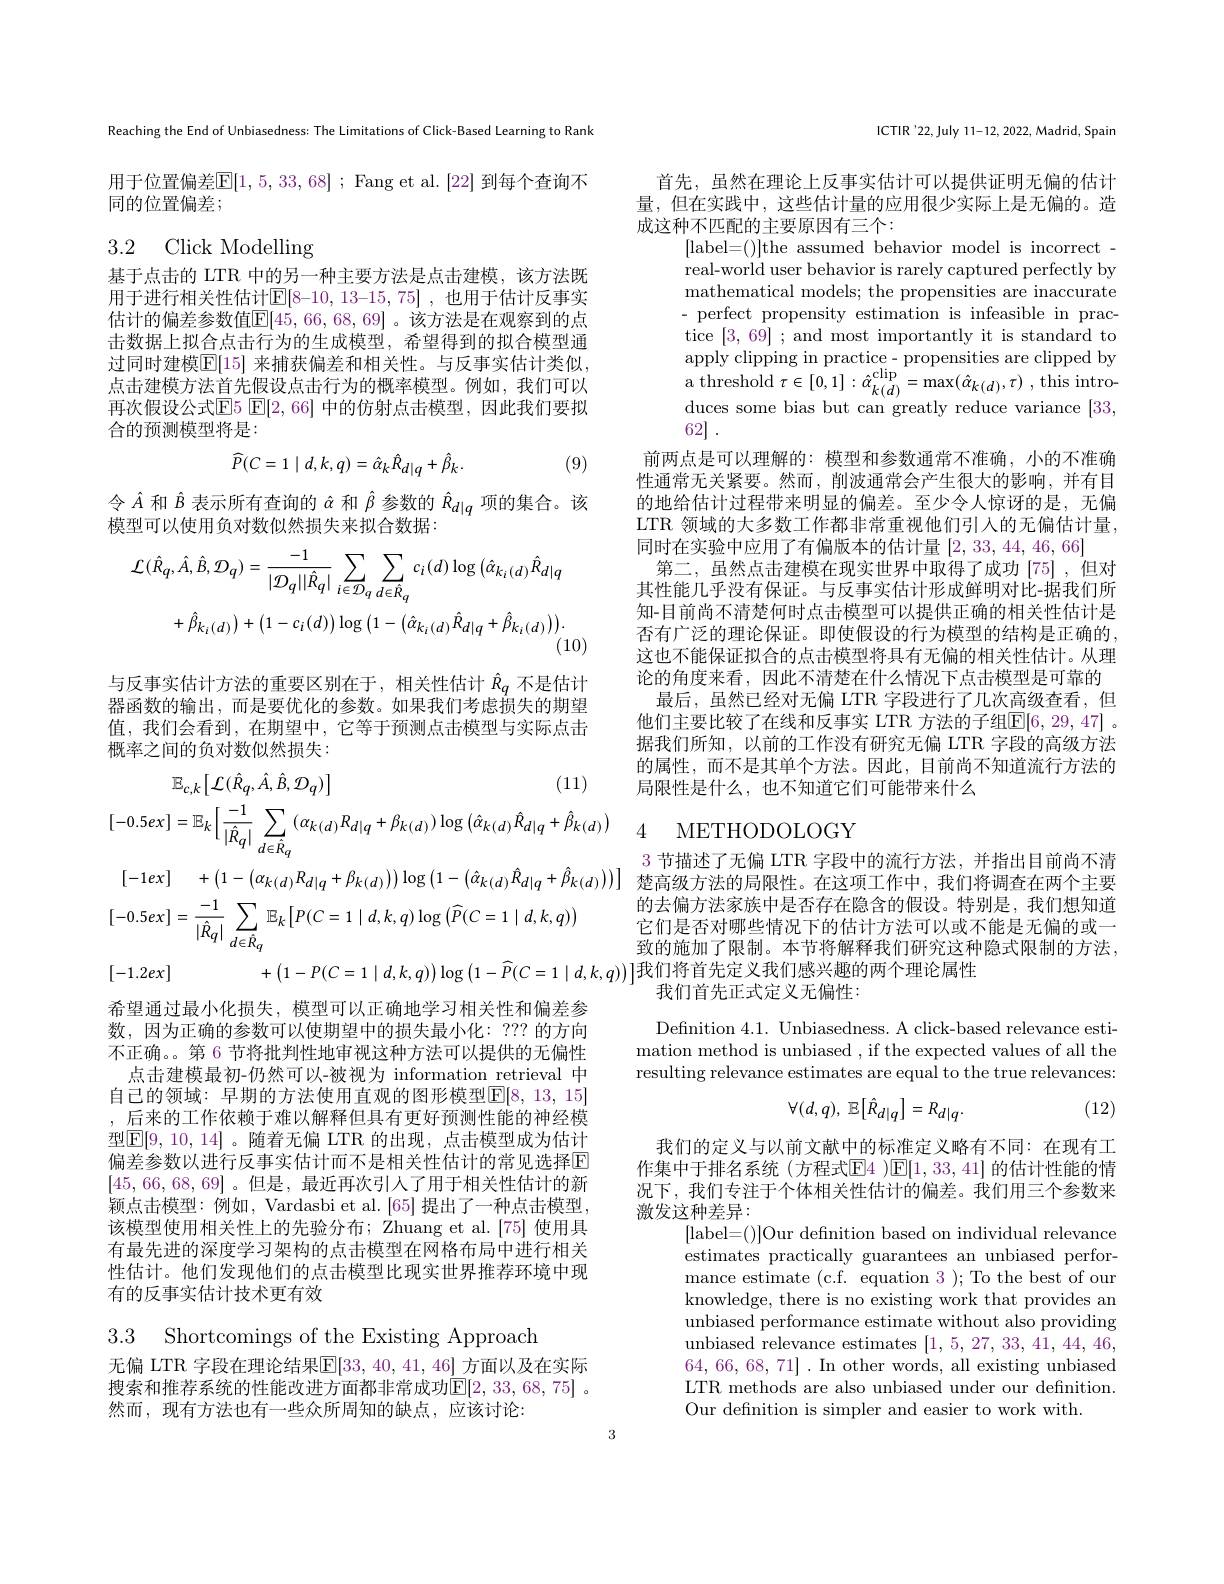
Reaching the End of Unbiasedness: The Limitations of Click-Based Learning to Rank

用于位置偏差$\mathbb{E}[1,5,33,68];$ Fang et al.[22] 到每个查询不
同的位置偏差；

# 3.2 Click Modelling

基于点击的 LTR 中的另一种主要方法是点击建模，该方法既用于进行相关性估计$\boxed[8-10,13-15,75]$ ,也用于估计反事实估计的偏差参数值$\mathbb{E}[45,66,68,69]$ 。该方法是在观察到的点击数据上拟合点击行为的生成模型，希望得到的拟合模型通过同时建模$\overline{\mathbb{E}}[15]$ 来捕获偏差和相关性。与反事实估计类似， 点击建模方法首先假设点击行为的概率模型。例如，我们可以再次假设公式$\mathbb{E}5$ $\mathbb{E}[2,66]$ 中的仿射点击模型，因此我们要拟合的预测模型将是：
$$\widehat{P}(C=1\mid d,k,q)=\hat{\alpha}_{k}\hat{R}_{d|q}+\hat{\beta}_{k}.$$
(9)

令$\hat{A}$和$\hat{B}$表示所有查询的$\hat{\alpha}$和$\hat{\beta}$参数的$\hat{R}_{d|q}$项的集合。该
模型可以使用负对数似然损失来拟合数据：
$$\begin{aligned}\mathcal{L}(\hat{R}_{q},\hat{A},\hat{B},\mathcal{D}_{q})&=\frac{-1}{|\mathcal{D}_{q}||\hat{R}_{q}|}\sum_{i\in\mathcal{D}_{q}}\sum_{d\in\hat{R}_{q}}c_{i}(d)\log\big(\hat{\alpha}_{k_{i}(d)}\hat{R}_{d|q}\\&+\hat{\beta}_{k_{i}(d)}\big)+\big(1-c_{i}(d)\big)\log\big(1-\big(\hat{\alpha}_{k_{i}(d)}\hat{R}_{d|q}+\hat{\beta}_{k_{i}(d)}\big)\big).\end{aligned}$$
与反事实估计方法的重要区别在于，相关性估计$\hat{R}_q$不是估计器函数的输出，而是要优化的参数。如果我们考虑损失的期望值，我们会看到，在期望中，它等于预测点击模型与实际点击概率之间的负对数似然损失：
$$\begin{aligned}&\mathbb{E}_{c,k}\left[\mathcal{L}(\hat{R}_{q},\hat{A},\hat{B},\mathcal{D}_{q})\right]&&\text{(11)}\\&[-0.5ex]=\mathbb{E}_{k}\Big[\frac{-1}{|\hat{R}_{q}|}\sum_{d\in\hat{R}_{q}}\left(\alpha_{k(d)}R_{d|q}+\beta_{k(d)}\right)\log\left(\hat{\alpha}_{k(d)}\hat{R}_{d|q}+\hat{\beta}_{k(d)}\right)\\&[-1ex]+\left(1-(\alpha_{k(d)}R_{d|q}+\beta_{k(d)})\right)\log\left(1-(\hat{\alpha}_{k(d)}\hat{R}_{d|q}+\hat{\beta}_{k(d)})\right)]\\&[-0.5ex]=\frac{-1}{|\hat{R}_{q}|}\sum_{d\in\hat{R}_{q}}\mathbb{E}_{k}\Big[P(C=1\mid d,k,q)\log\Big(\widehat{P}(C=1\mid d,k,q)\Big)\\&[-1.2ex]+\left(1-P(C=1\mid d,k,q)\right)\log\left(1-\widehat{P}(C=1\mid d,k,q)\right)\end{aligned}$$
希望通过最小化损失，模型可以正确地学习相关性和偏差参数，因为正确的参数可以使期望中的损失最小化：??? 的方向不正确。。第 6 节将批判性地审视这种方法可以提供的无偏性
点击建模最初-仍然可以-被视为 information retrieval 中自己的领域：早期的方法使用直观的图形模型$\mathbb{E}[8,13,15]$ ,后来的工作依赖于难以解释但具有更好预测性能的神经模型$\boxed{\mathbb{E}[9,10,14]}$。随着无偏 LTR 的出现，点击模型成为估计偏差参数以进行反事实估计而不是相关性估计的常见选择$\overline{\mathrm{F}}$ [45,66,68,69] 。但是，最近再次引人了用于相关性估计的新颖点击模型：例如，Vardasbi et al. [65] 提出了一种点击模型， 该模型使用相关性上的先验分布；Zhuang et al.[75] 使用具有最先进的深度学习架构的点击模型在网格布局中进行相关性估计。他们发现他们的点击模型比现实世界推荐环境中现有的反事实估计技术更有效

3.3 Shortcomings of the Existing Approach

无偏 LTR 字段在理论结果$\boxed{\mathrm{F}}[33,40,41,46]$ 方面以及在实际搜索和推荐系统的性能改进方面都非常成功$\mathbb{E}[2,33,68,75]$ 。然而，现有方法也有一些众所周知的缺点，应该讨论：

ICTIR'22,July 11-12,2022, Madrid, Spain

首先，虽然在理论上反事实估计可以提供证明无偏的估计量，但在实践中，这些估计量的应用很少实际上是无偏的。造成这种不匹配的主要原因有三个：
[label=()]the assumed behavior model is incorrect - real-world user behavior is rarely captured perfectly by mathematical models; the propensities are inaccurate - perfect propensity estimation is infeasible in practice [3,69] ; and most importantly it is standard to apply clipping in practice- propensities are clipped by a threshold $\tau \in [ 0, 1] : \hat{a} _{k( d) }^{\mathrm{clip}}= \max ( \hat{a} _{k( d) }, \tau )$ ,this intro- duces some bias but can greatly reduce variance [33, 62] .
前两点是可以理解的：模型和参数通常不准确，小的不准确性通常无关紧要。然而，削波通常会产生很大的影响，并有目的地给估计过程带来明显的偏差。至少令人惊讶的是，无偏LTR 领域的大多数工作都非常重视他们引人的无偏估计量， 同时在实验中应用了有偏版本的估计量[2,33,44,46,66]
第二，虽然点击建模在现实世界中取得了成功[75] ,但对其性能几乎没有保证。与反事实估计形成鲜明对比-据我们所知-目前尚不清楚何时点击模型可以提供正确的相关性估计是否有广泛的理论保证。即使假设的行为模型的结构是正确的， 这也不能保证拟合的点击模型将具有无偏的相关性估计。从理论的角度来看，因此不清楚在什么情况下点击模型是可靠的
最后，虽然已经对无偏 LTR 字段进行了几次高级查看，但他们主要比较了在线和反事实 LTR 方法的子组$\mathbb{E}[6,29,47]$ 。据我们所知，以前的工作没有研究无偏 LTR 字段的高级方法的属性，而不是其单个方法。因此，目前尚不知道流行方法的局限性是什么，也不知道它们可能带来什么

# 4 METHODOLOGY

3节描述了无偏 LTR 字段中的流行方法，并指出目前尚不清」楚高级方法的局限性。在这项工作中，我们将调查在两个主要
的去偏方法家族中是否存在隐含的假设。特别是，我们想知道它们是否对哪些情况下的估计方法可以或不能是无偏的或一致的施加了限制。本节将解释我们研究这种隐式限制的方法，
我们首先正式定义无偏性：

Defnition 4.1. Unbiasedness. A click-based relevance estimation method is unbiased , if the expected values of all the resulting relevance estimates are equal to the true relevances:

(12)
$$\forall(d,q),\:\mathbb{E}\big[\hat{R}_{d|q}\big]=R_{d|q}.$$
我们的定义与以前文献中的标准定义略有不同：在现有工作集中于排名系统(方程式$\boxed{\mathrm{F}}4$ )$\boxed{\mathrm{E}}[1,33,41]$ 的估计性能的情况下，我们专注于个体相关性估计的偏差。我们用三个参数来激发这种差异：
[label=()]Our defnition based on individual relevance estimates practically guarantees an unbiased performance estimate (c.f. equation 3 ); To the best of our knowledge, there is no existing work that provides an unbiased performance estimate without also providing unbiased relevance estimates [1,5,27,33,41,44,46, 64,66,68,71]. In other words, all existing unbiased LTR methods are also unbiased under our definition. Our definition is simpler and easier to work with.